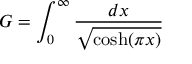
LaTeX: G = \int _ { 0 } ^ { \infty } { \frac { d x } { \sqrt { \cosh ( \pi x ) } } }